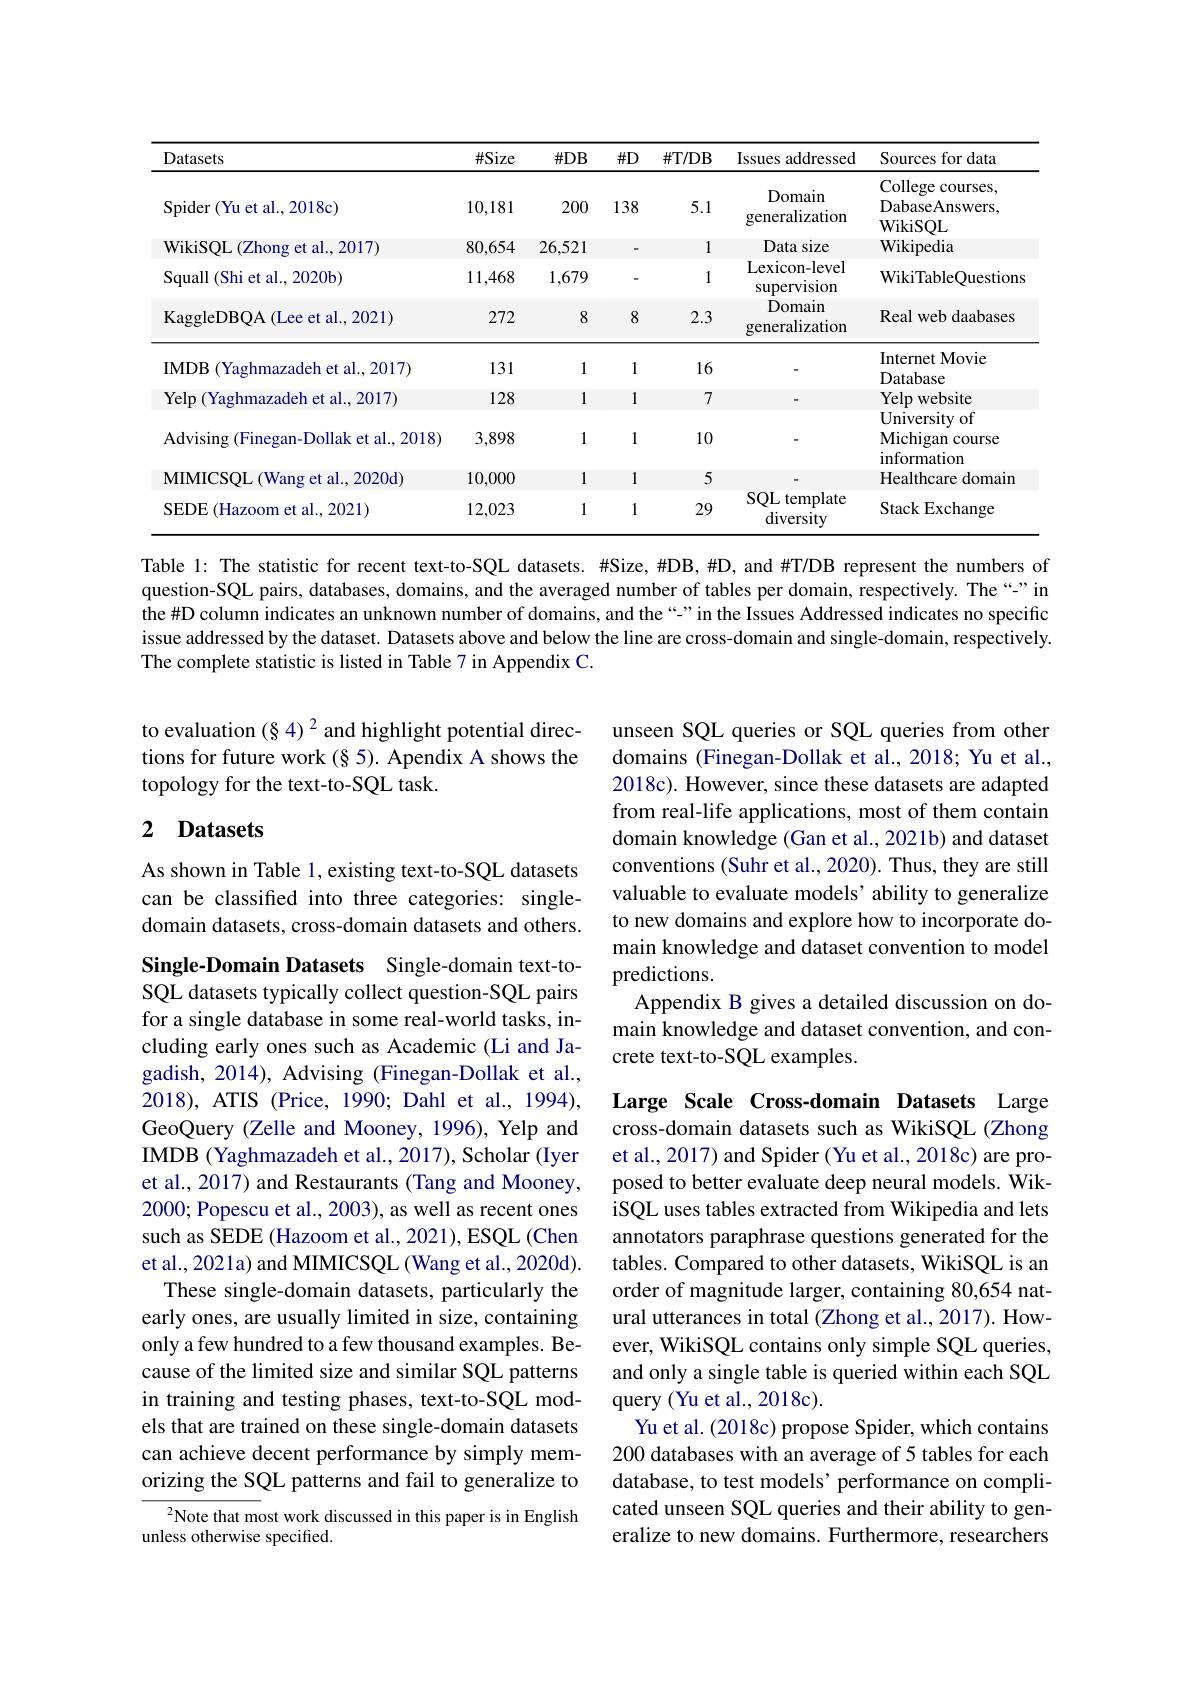
<table>
	<tbody>
		<tr>
			<th>Datasets</th>
			<th>$\#Size$</th>
			<th>$\#DB$</th>
			<th>$\#D$</th>
			<th>$\#T/DB$</th>
			<th>Issues addressed</th>
			<th>Sources for data</th>
		</tr>
		<tr>
			<td>Spider ( Yu et al. , 2018c) </td>
			<td>10,181</td>
			<td>200</td>
			<td>138</td>
			<td>5.1</td>
			<td>Domain generalization</td>
			<td>College courses, DabaseAnswers, WikiSOL</td>
		</tr>
		<tr>
			<td>WikiSQL (Zhong et al., 2017)</td>
			<td>80,654</td>
			<td>26,521</td>
			<td>-</td>
			<td>1</td>
			<td>Data size</td>
			<td>Wikipedia</td>
		</tr>
		<tr>
			<td>Squall ( Shi et al. , 2020b) </td>
			<td>11,468</td>
			<td>1,679</td>
			<td>一</td>
			<td>1</td>
			<td>Lexicon- level supervision</td>
			<td>WikiTableQuestions</td>
		</tr>
		<tr>
			<td>KaggleDBQA (Lee et al.,2021)</td>
			<td>272</td>
			<td>8</td>
			<td>8</td>
			<td>2.3</td>
			<td>Domain generalization</td>
			<td>Real web daabases</td>
		</tr>
		<tr>
			<td>IMDB (Yaghmazadeh et al., 2017)</td>
			<td>131</td>
			<td>1</td>
			<td>1</td>
			<td>16</td>
			<td> </td>
			<td>Internet Movie Database</td>
		</tr>
		<tr>
			<td>Yelp (Yaghmazadeh et al.,2017)</td>
			<td>128</td>
			<td>1</td>
			<td>1</td>
			<td>7</td>
			<td> </td>
			<td>Yelp website</td>
		</tr>
		<tr>
			<td>${\mathrm{Advising~(Finegan-Dollak~et~al.,~2018)}}$</td>
			<td>3,898</td>
			<td>1</td>
			<td>1</td>
			<td>10</td>
			<td> </td>
			<td>${\mathrm{University~c}}$ 0 Michigan COurse inform matior</td>
		</tr>
		<tr>
			<td>MIMICSQL (Wang et al., 2020d)</td>
			<td>10,000</td>
			<td>1</td>
			<td>1</td>
			<td>5</td>
			<td> </td>
			<td>Healthcare domain</td>
		</tr>
		<tr>
			<td>SEDE (Hazoom et al., 2021)</td>
			<td>12,023</td>
			<td>1</td>
			<td>1</td>
			<td>29</td>
			<td>$SQL$ . template 1 diversity</td>
			<td>Stack Exchange</td>
		</tr>
	</tbody>
</table>

Table 1: The statistic for recent text-to-SQL datasets. #Size,#DB,#D, and #T/DB represent the numbers of question-SQL pairs, databases, domains, and the averaged number of tables per domain, respectively. The “-”in the #D column indicates an unknown number of domains, and the“" in the Issues Addressed indicates no specific issue addressed by the dataset. Datasets above and below the line are cross-domain and single-domain, respectively. The complete statistic is listed in Table 7 in Appendix C.

to evaluation $(\S4)^2$ and highlight potential directions for future work (§ 5). Apendix A shows the topology for the text-to-SQL task.

## 2 Datasets

unseen SQL queries or SQL queries from other domains (Finegan-Dollak et al., 2018; Yu et al., 2018c). However, since these datasets are adapted from real-life applications, most of them contain domain knowledge (Gan et al., 2021b) and dataset conventions (Suhr et al., 2020). Thus, they are still valuable to evaluate models' ability to generalize to new domains and explore how to incorporate domain knowledge and dataset convention to model predictions.
Appendix B gives a detailed discussion on domain knowledge and dataset convention, and concrete text-to-SQL examples

As shown in Table 1, existing text-to-SQL datasets can be classified into three categories: singledomain datasets, cross-domain datasets and others.

Single-Domain Datasets Single-domain text-toSQL datasets typically collect question-SQL pairs for a single database in some real-world tasks, including early ones such as Academic (Li and Jagadish, 2014), Advising (Finegan-Dollak et al., 2018), ATIS (Price, 1990; Dahl et al., 1994), GeoQuery (Zelle and Mooney, 1996), Yelp and IMDB (Yaghmazadeh et al., 2017), Scholar (Iyer et al., 2017) and Restaurants (Tang and Mooney, 2000; Popescu et al., 2003), as well as recent ones such as SEDE (Hazoom et al., 2021), ESQL (Chen et al., 2021a) and MIMICSQL (Wang et al., 2020d).
These single-domain datasets, particularly the early ones, are usually limited in size, containing only a few hundred to a few thousand examples. Because of the limited size and similar SQL patterns in training and testing phases, text-to-SQL models that are trained on these single-domain datasets can achieve decent performance by simply memorizing the SQL patterns and fail to generalize to

Large Scale Cross-domain Datasets Large cross-domain datasets such as WikiSQL (Zhong et al., 2017) and Spider (Yu et al., 2018c) are proposed to better evaluate deep neural models. WikiSQL uses tables extracted from Wikipedia and lets annotators paraphrase questions generated for the tables. Compared to other datasets, WikiSQL is an order of magnitude larger, containing 80,654 natural utterances in total (Zhong et al., 2017). However, WikiSQL contains only simple SQL queries, and only a single table is queried within each SQL query (Yu et al., 2018c).
Yu et al. (2018c) propose Spider, which contains 200 databases with an average of 5 tables for each database, to test models' performance on complicated unseen SQL queries and their ability to generalize to new domains. Furthermore, researchers

$^{2}$Note that most work discussed in this paper is in English
unless otherwise specified.